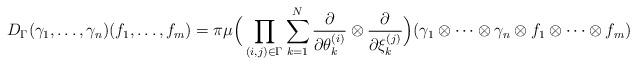
LaTeX: \begin{align*} D_\Gamma(\gamma_1, \dots, \gamma_n)(f_1, \dots, f_m) = \pi \mu \Big( \prod_{(i,j) \in \Gamma} \sum_{ k = 1}^N \frac{\partial}{\partial \theta_k^{(i)}} \otimes \frac{\partial}{\partial \xi_k^{(j)}}\Big) (\gamma_1 \otimes \dots \otimes \gamma_n \otimes f_1 \otimes \dots \otimes f_m ) \end{align*}